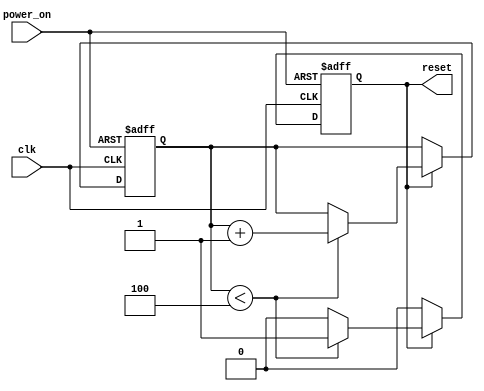
module PowerOnReset (
    input wire clk,          // Clock signal
    input wire power_on,     // Power on signal
    output reg reset         // Reset signal
);

// Parameter to define the reset duration in clock cycles
parameter RESET_DURATION = 5; // Adjust as needed

// Internal counter to track the reset duration
reg [3:0] counter; // 4-bit counter to count up to RESET_DURATION
reg power_on_prev; // To detect rising edge of power_on

// State of the reset signal
localparam RESET_ACTIVE = 1'b1;
localparam RESET_INACTIVE = 1'b0;

always @(posedge clk or posedge power_on) begin
    if (power_on) begin
        // On power_on, assert reset and initialize counter
        reset <= RESET_ACTIVE;
        counter <= 0;
    end else if (reset) begin
        // If reset is active, increment the counter
        if (counter < RESET_DURATION - 1) begin
            counter <= counter + 1;
        end else begin
            // Reset duration has elapsed, deassert reset
            reset <= RESET_INACTIVE;
        end
    end
end

endmodule